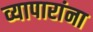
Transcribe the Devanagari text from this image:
व्यापारांना